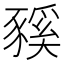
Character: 豯